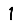
Digit: 1